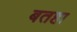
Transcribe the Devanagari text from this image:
बतहा